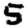
Digit: 5